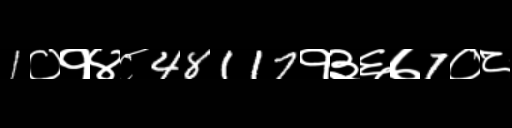
Text: 1०१४८48117१३६७7०८